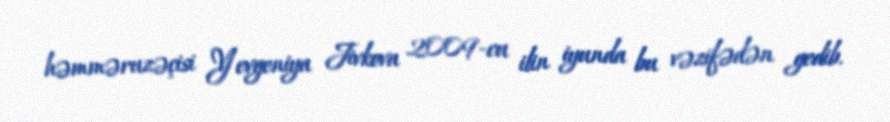
həmməruzəçisi Yevgeniya Jivkova 2009-cu ilin iyunda bu vəzifədən gedib.